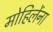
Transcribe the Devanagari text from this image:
मोहिलेंना